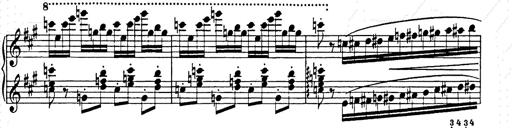
Title: Hungarian Rhapsody No.15
Composer: Franz Liszt
Key: A minor